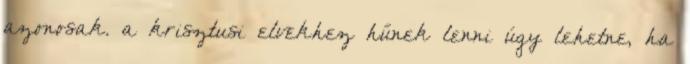
azonosak. a krisztusi elvekhez hűnek lenni úgy lehetne, ha